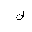
Letter: _lam